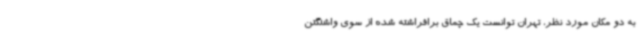
به دو مکان مورد نظر، تهران توانست یک چماق برافراشته شده از سوی واشنگتن